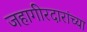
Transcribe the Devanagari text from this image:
जहागीरदारांच्या